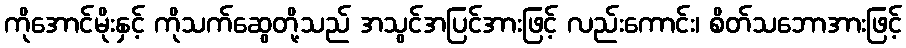
ကိုအောင်မိုးနှင့် ကိုသက်ဆွေတို့သည် အသွင်အပြင်အားဖြင့် လည်းကောင်း၊ စိတ်သဘောအားဖြင့်